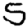
Digit: 5